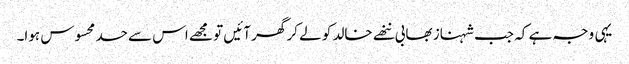
یہی وجہ ہے کہ جب شہناز بھابی ننھے خالد کو لے کر گھر آئیں تو مجھے اس سے حسد محسوس ہوا۔